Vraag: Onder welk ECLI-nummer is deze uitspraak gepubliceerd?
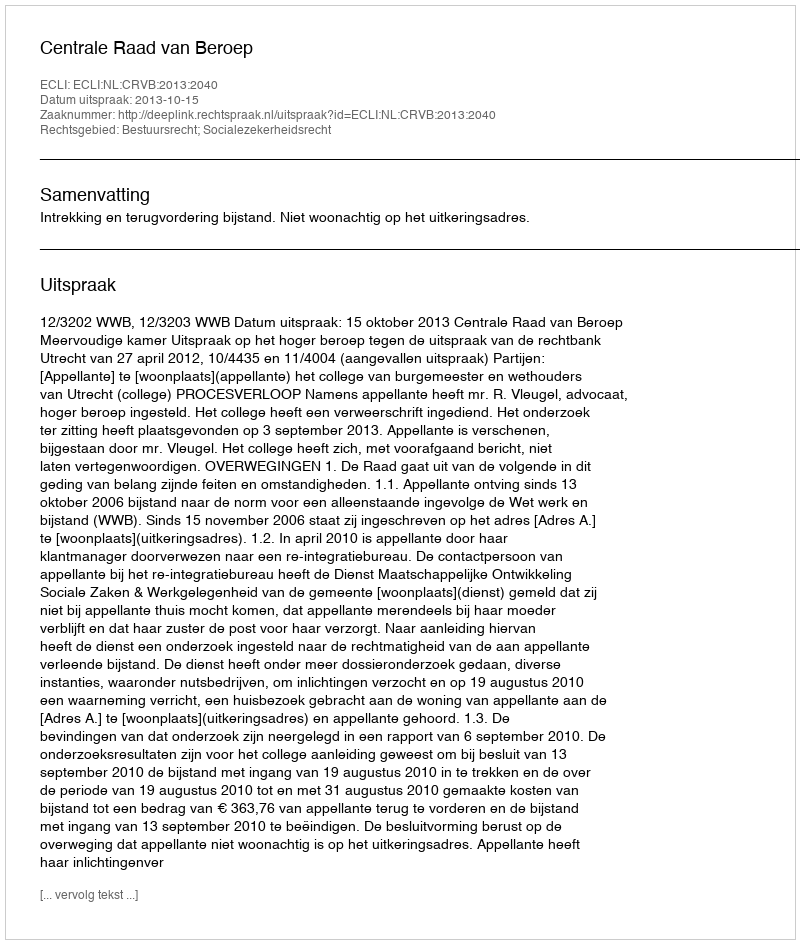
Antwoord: ECLI:NL:CRVB:2013:2040